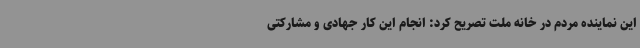
این نماینده مردم در خانه ملت تصریح کرد: انجام این کار جهادی و مشارکتی